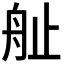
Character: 𱼷